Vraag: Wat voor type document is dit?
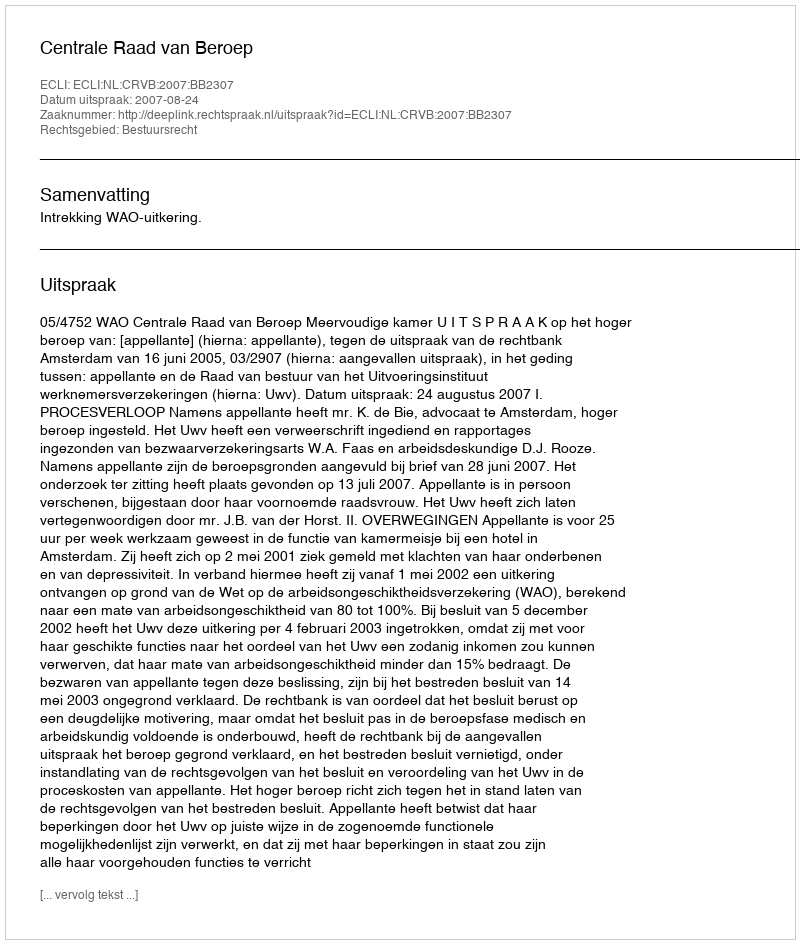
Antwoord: Uitspraak